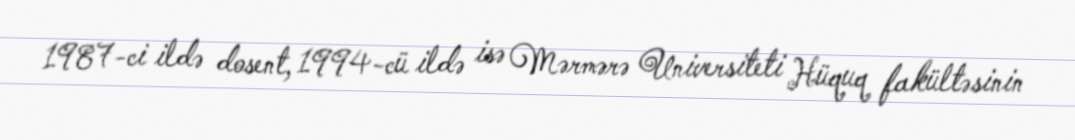
1987-ci ildə dosent, 1994-cü ildə isə Mərmərə Universiteti Hüquq fakültəsinin